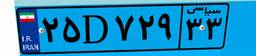
۱۰D۰۸۰۰۹